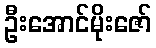
ဦးအောင်မိုးဇော်